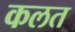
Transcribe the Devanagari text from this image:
कलत